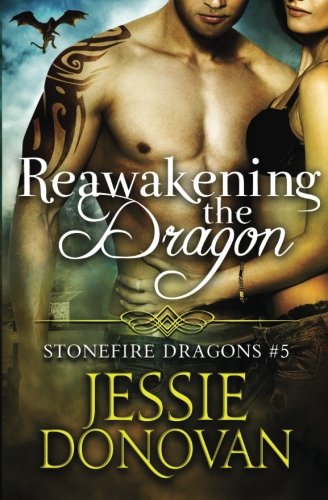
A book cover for Reawakening the Dragon (Stonefire Dragons) (Volume 5); Jessie Donovan; Romance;